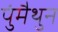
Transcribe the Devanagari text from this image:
पुंमैथुन